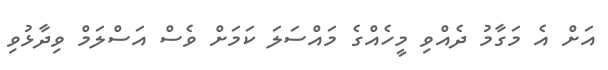
އަށް އެ މަގާމު ދެއްވި މީހެއްގެ މައްސަލަ ކަމަށް ވެސް އަސްލަމް ވިދާޅުވި